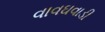
વાવઘવાડી